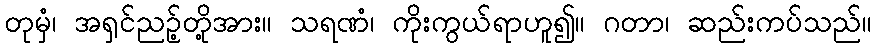
တုမှံ၊ အရှင်ညဉ့်တို့အား။ သရဏံ၊ ကိုးကွယ်ရာဟူ၍။ ဂတာ၊ ဆည်းကပ်သည်။